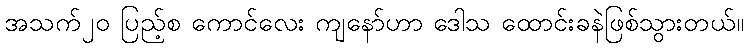
အသက်၂၀ ပြည့်စ ကောင်လေး ကျနော်ဟာ ဒေါသ ထောင်းခနဲဖြစ်သွားတယ်။